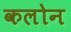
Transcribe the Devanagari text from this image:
कलोन